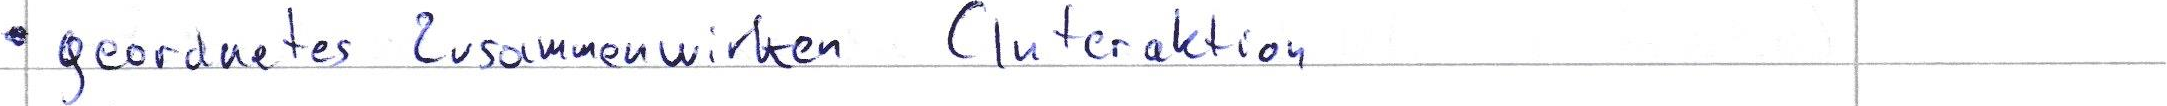
geordnetes Zusammenwirken ( Interaktion